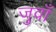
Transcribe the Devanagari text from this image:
जुवाँ